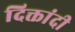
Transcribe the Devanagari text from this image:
दिक्तांदी